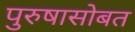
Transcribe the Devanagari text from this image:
पुरुषासोबत